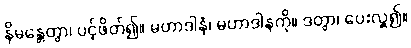
နိမန္တေတွာ၊ ပင့်ဖိတ်၍။ မဟာဒါနံ၊ မဟာဒါနကို။ ဒတွာ၊ ပေးလှူ၍။